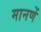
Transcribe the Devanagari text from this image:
मानणें